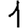
Digit: 1